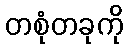
တစုံတခုကို